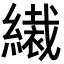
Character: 𦅞